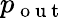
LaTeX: p_{\mathrm{~o~u~t~}}